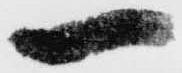
一